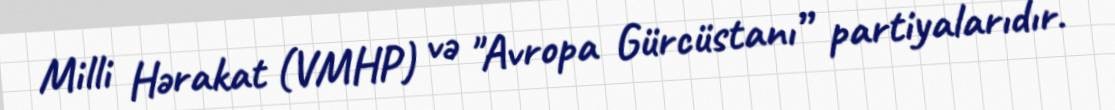
Milli Hərakat (VMHP) və "Avropa Gürcüstanı” partiyalarıdır.